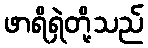
ဖာရိရှဲတို့သည်